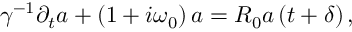
\gamma ^ { - 1 } \partial _ { t } a + \left( 1 + i \omega _ { 0 } \right) a = R _ { 0 } a \left( t + \delta \right) ,